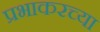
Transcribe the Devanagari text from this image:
प्रभाकरच्या